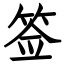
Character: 签